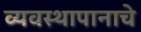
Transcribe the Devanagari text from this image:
व्यवस्थापानाचे